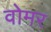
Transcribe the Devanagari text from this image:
वोमर